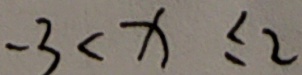
- 3 < x \leq 2